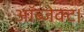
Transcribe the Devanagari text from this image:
ऑब्जेक्ट।